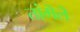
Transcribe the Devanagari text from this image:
तांगॆलॆ